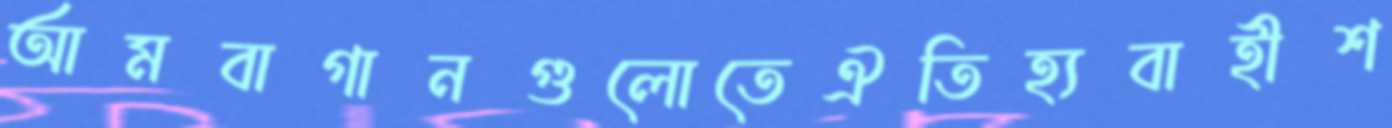
আমবাগানগুলোতেঐতিহ্যবাহীশ